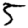
Digit: 5